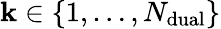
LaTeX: \mathbf{k}\in\left\lbrace1,\dots,N_{\mathrm{{dual}}}\right\rbrace